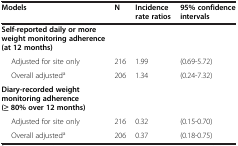
<table><thead><tr><td><b>Models</b></td><td><b>N</b></td><td><b>Incidence rate ratios</b></td><td><b>95% confidence intervals</b></td></tr></thead><tbody><tr><td><b>Self-reported daily or more weight monitoring adherence (at 12 months)</b></td><td> </td><td> </td><td> </td></tr><tr><td>Adjusted for site only</td><td>216</td><td>1.99</td><td>(0.69-5.72)</td></tr><tr><td>Overall adjusted<sup>a</sup></td><td>206</td><td>1.34</td><td>(0.24-7.32)</td></tr><tr><td><b>Diary-recorded weight monitoring adherence (≥ 80% over 12 months)</b></td><td> </td><td> </td><td> </td></tr><tr><td>Adjusted for site only</td><td>216</td><td>0.32</td><td>(0.15-0.70)</td></tr><tr><td>Overall adjusted<sup>a</sup></td><td>206</td><td>0.37</td><td>(0.18-0.75)</td></tr></tbody></table>